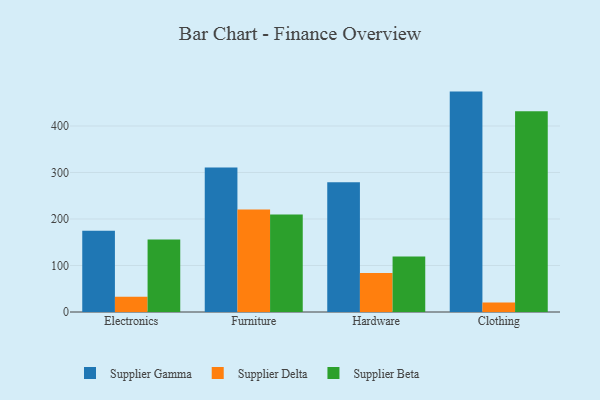
{"axis": {"x": "Category", "y": "Population (Million)"}, "legend": ["Supplier Beta", "Supplier Delta", "Supplier Gamma"], "data": [{"x": "Electronics", "y": 174.7, "type": "Supplier Gamma"}, {"x": "Electronics", "y": 32.6, "type": "Supplier Delta"}, {"x": "Electronics", "y": 155.7, "type": "Supplier Beta"}, {"x": "Furniture", "y": 310.9, "type": "Supplier Gamma"}, {"x": "Furniture", "y": 220.4, "type": "Supplier Delta"}, {"x": "Furniture", "y": 209.9, "type": "Supplier Beta"}, {"x": "Hardware", "y": 278.8, "type": "Supplier Gamma"}, {"x": "Hardware", "y": 84.0, "type": "Supplier Delta"}, {"x": "Hardware", "y": 119.6, "type": "Supplier Beta"}, {"x": "Clothing", "y": 473.9, "type": "Supplier Gamma"}, {"x": "Clothing", "y": 20.3, "type": "Supplier Delta"}, {"x": "Clothing", "y": 431.6, "type": "Supplier Beta"}]}